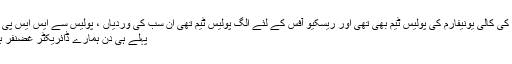
ڈرامے کے لئے دو افراد کی ہماری اداکاروں کی کالی یونیفارم کی پولیس ٹیم بھی تھی اور ریسکیو آفس کے لئے الگ پولیس ٹیم تھی اِن سب کی وردیاں ، پولیس سے ایس ایس پی ناصر درانی کی مہربانی سے مل گئی تھیں -
پہلے ہی دن ہمارے ڈائریکٹر غضنفر بخاری 5 بجے آنے کے بجائے 8 بجے آئے ۔